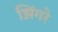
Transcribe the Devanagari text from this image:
झिंगरे